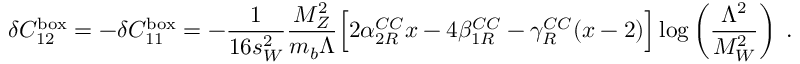
\delta C _ { 1 2 } ^ { \mathrm { b o x } } = - \delta C _ { 1 1 } ^ { \mathrm { b o x } } = - \frac { 1 } { 1 6 s _ { W } ^ { 2 } } \frac { M _ { Z } ^ { 2 } } { m _ { b } \Lambda } \Bigl [ 2 \alpha _ { 2 R } ^ { C C } x - 4 \beta _ { 1 R } ^ { C C } - \gamma _ { R } ^ { C C } ( x - 2 ) \Bigr ] \log \left( \frac { \Lambda ^ { 2 } } { M _ { W } ^ { 2 } } \right) \; .